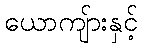
ယောကျ်ားနှင့်